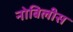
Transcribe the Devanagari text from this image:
नोबिलीस